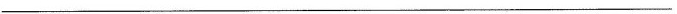
___________